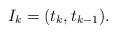
\begin{align*} I_k= (t_k, t_{k-1}). \end{align*}